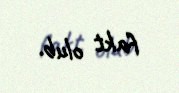
fakt olub.